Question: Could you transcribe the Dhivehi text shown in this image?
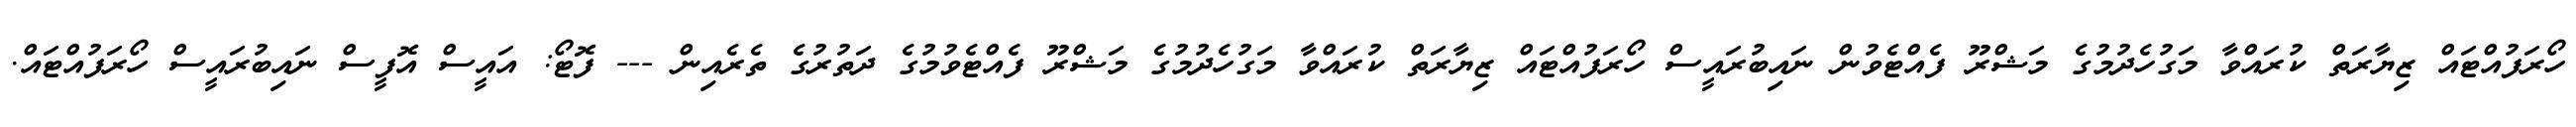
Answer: ހޯރަފުއްޓައް ޒިޔާރަތް ކުރައްވާ މަގުހެދުމުގެ މަޝްރޫ ފެއްޓެވުން ނައިބުރައީސް ހޯރަފުއްޓައް ޒިޔާރަތް ކުރައްވާ މަގުހެދުމުގެ މަޝްރޫ ފެއްޓެވުމުގެ ދަތުރުގެ ތެރެއިން --- ފޮޓޯ: އައީސް އޮފީސް ނައިބުރައީސް ހޯރަފުއްޓައް.